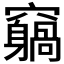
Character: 𥨵